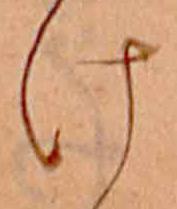
け